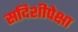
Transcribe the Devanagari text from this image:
सदिशीपेक्षा